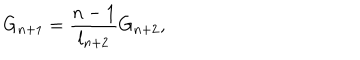
LaTeX: G _ { n + 1 } = \frac { n - 1 } { l _ { n + 2 } } G _ { n + 2 } ,